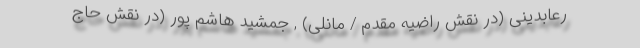
رعابدینی (در نقش راضیه مقدم / مانلی) , جمشید هاشم پور (در نقش حاج